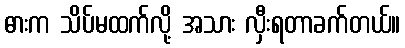
ဓားက သိပ်မထက်လို့ အသား လှီးရတာခက်တယ်။